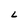
Character: L